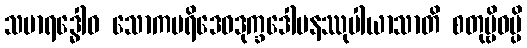
သမာရဒ္ဓေါဝ သောကပရိဒေဝဒုက္ခဒေါမနဿုပါယာသာတိ စတုဗ္ဗိဓမ္ပိ